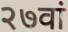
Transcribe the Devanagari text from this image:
२७वां